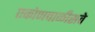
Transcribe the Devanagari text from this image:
एकोणचाळीसवे